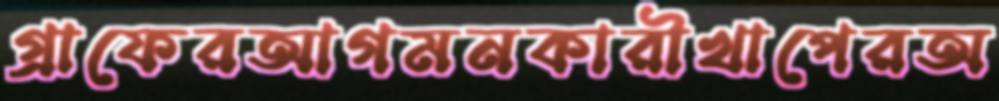
গ্রাফেরআগমনকারীখাপেরঅ